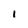
Character: l